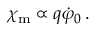
\chi _ { \mathrm { m } } \propto q \dot { \varphi } _ { 0 } \, .